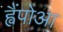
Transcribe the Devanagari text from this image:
ह्वैंपोआ